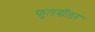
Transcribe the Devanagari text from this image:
फुलबॉलर